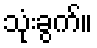
သုံးခွက်။